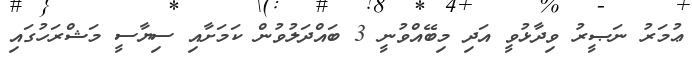
ޢުމަރު ނަޞީރު ވިދާޅުވީ އަދި މިބޭއްވުނީ 3 ބައްދަލުވުން ކަމަށާއި ސިޔާސީ މަޝްރަހުގައި